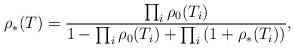
LaTeX: \begin{align*} \rho_*(T) = \frac{\prod_i\rho_0(T_i)}{1 - \prod_i\rho_0(T_i) + \prod_i \left( 1 +\rho_*(T_i) \right)}, \end{align*}